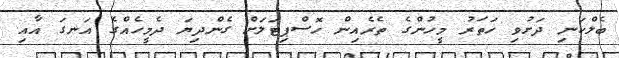
ބެލްކަނި ދަށުވި ހަތަރު މީހުންގެ ތެރެއިން ހޮސްޕިޓަލަށް ގެންދިޔަ ދެމީހެއްގެ އަނގަ އާއި